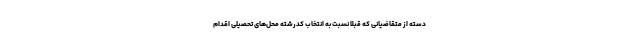
دسته از متقاضیانی که قبلاً نسبت به انتخاب کدرشته محل‌های تحصیلی اقدام